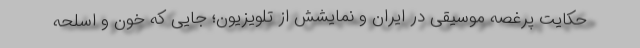
حکایت پرغصه موسیقی در ایران و نمایشش از تلویزیون؛ جایی که خون و اسلحه